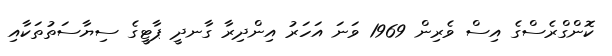
ކޮންގްރެސްގެ އިސް ވެރިން 1969 ވަނަ އަހަރު އިންދިރާ ގާނދީ ޕާޓީގެ ސިޔާސަތުތަކާއި